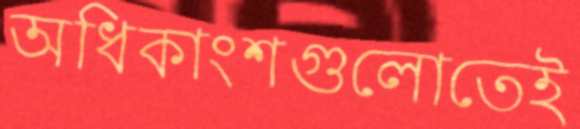
অধিকাংশগুলোতেই